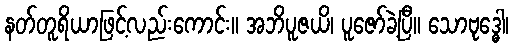
နတ်တူရိယာဖြင့်လည်းကောင်း။ အဘိပူဇယိ၊ ပူဇော်ခဲ့ပြီ။ သောဗုဒ္ဓေါ၊